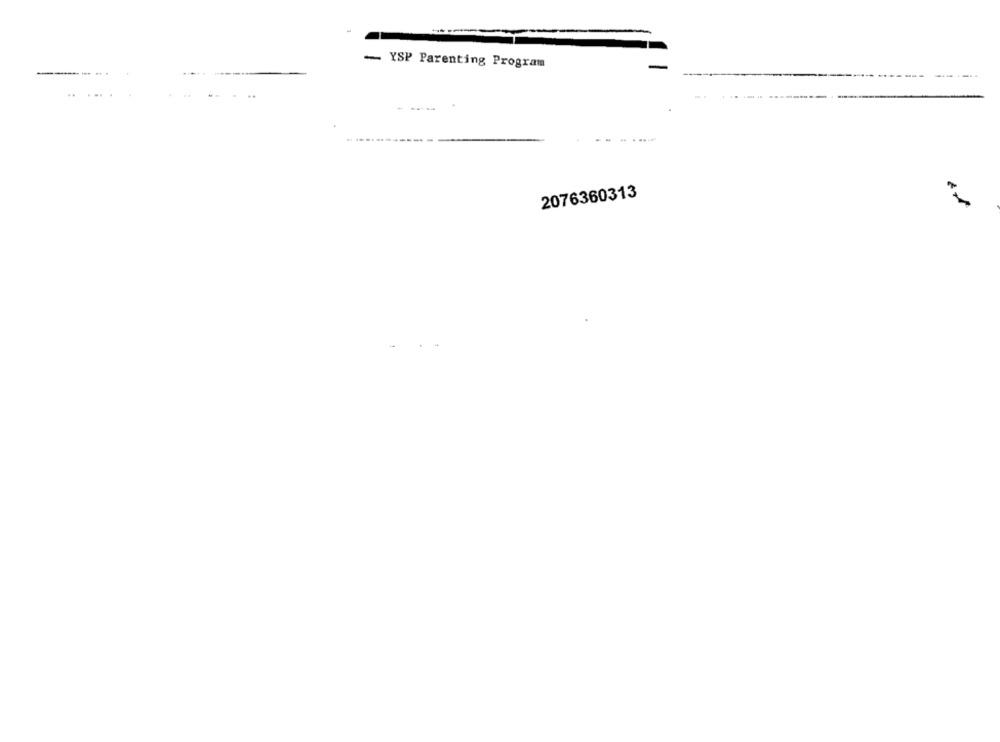
-
YSP Parenting Program
..
2076360313